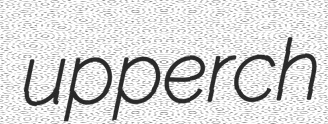
upperch